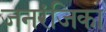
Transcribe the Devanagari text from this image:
जनरंजिका